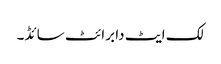
لک ایٹ دا برائٹ سائڈ۔